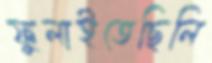
ফুলাইতেছিলি